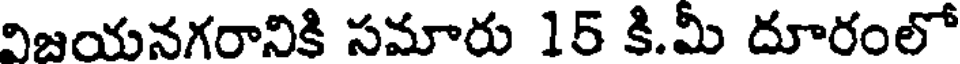
విజయనగరానికి సమారు 15 కి.మీ దూరంలో